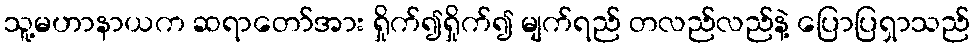
သူ့မဟာနာယက ဆရာတော်အား ရှိုက်၍ရှိုက်၍ မျက်ရည် တလည်လည်နဲ့ ပြောပြရှာသည်